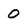
Character: 0